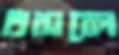
ধসলে